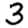
Digit: 3